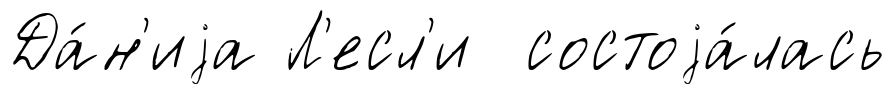
Да́н'иjа Л'есл'и состоjа́лась